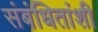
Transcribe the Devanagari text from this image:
संबंधितांशी